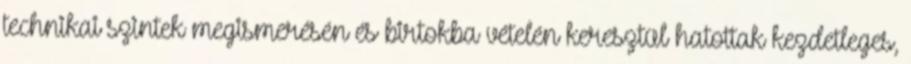
technikai szintek megismerésén és birtokba vételén keresztül hatottak kezdetleges,